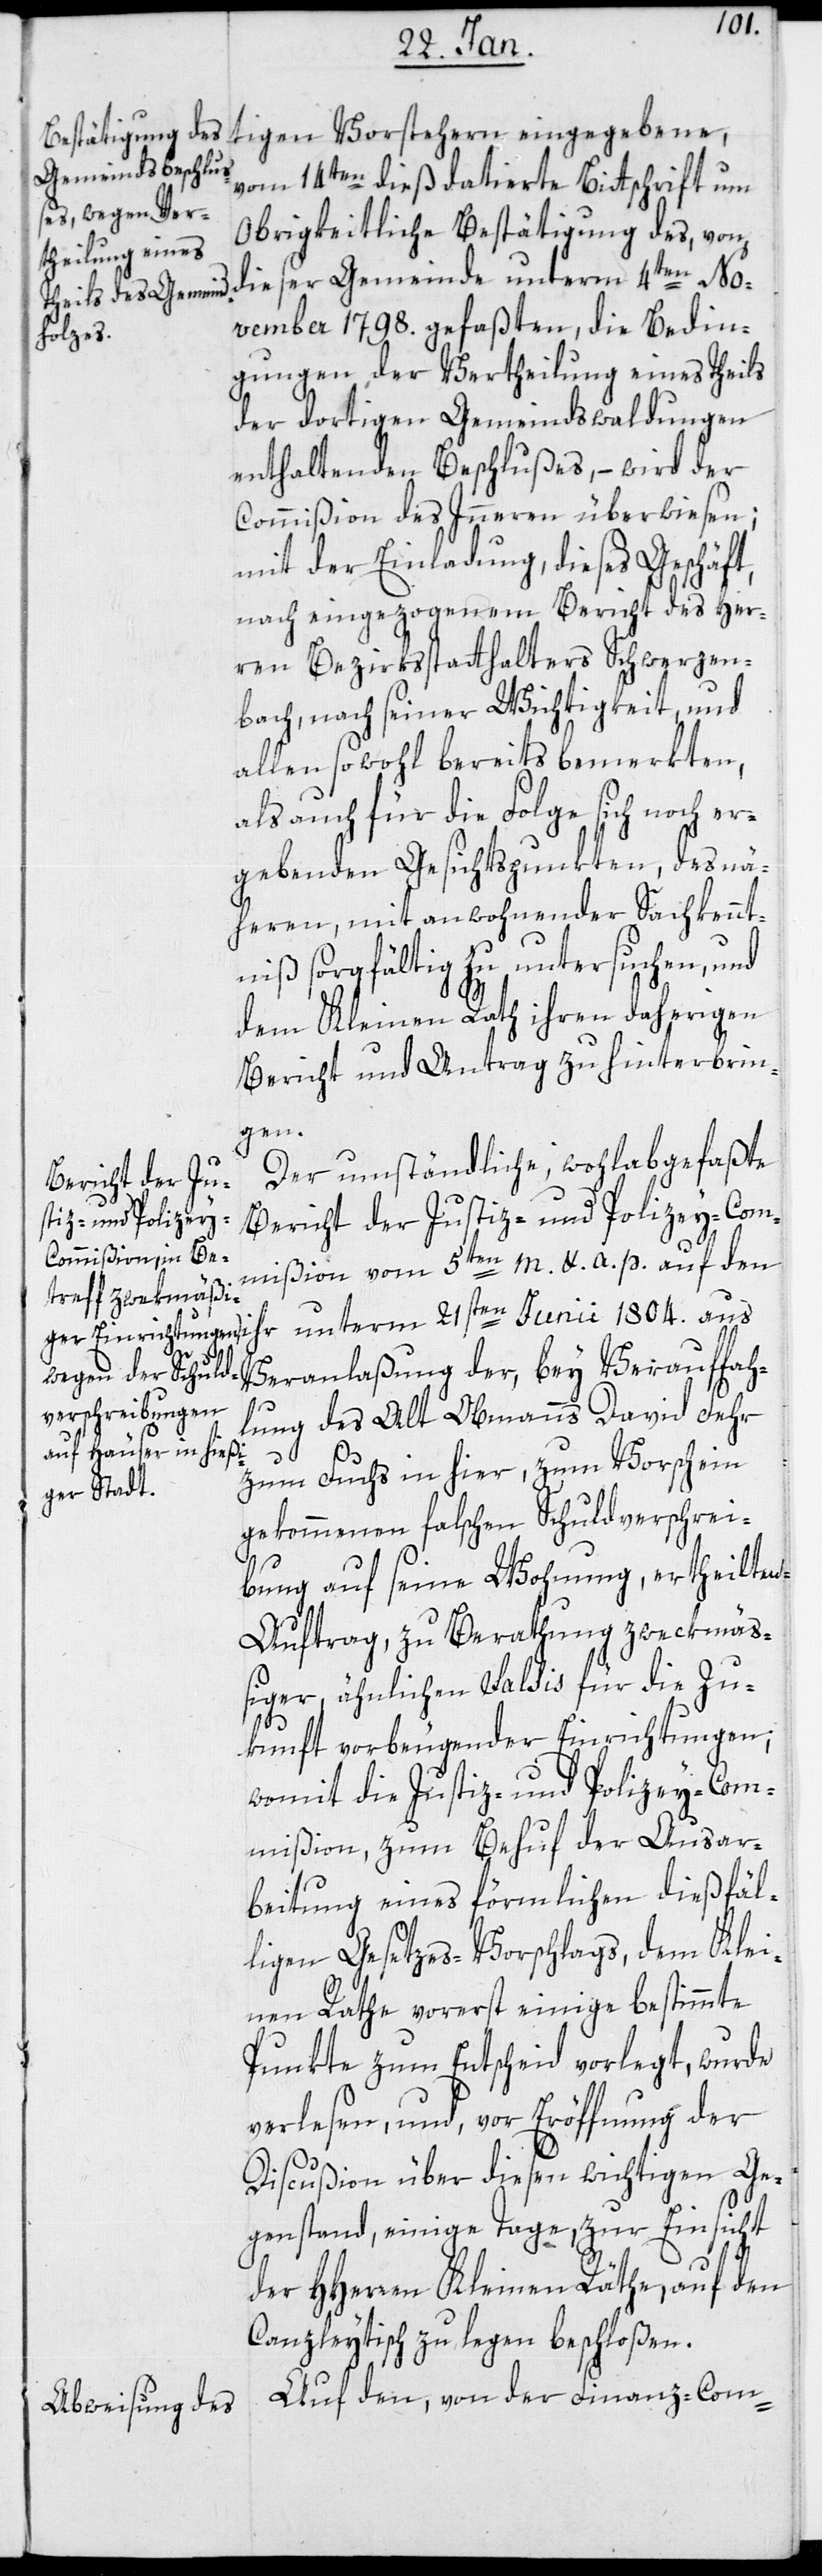
tigen Vorstehern eingegebene,
vom 14ten dieß datierte Bittschrift um
Obrigkeitliche Bestätigung des, von
dieser Gemeinde unterm 4ten No¬
vember 1798. gefaßten, die Bedin¬
gungen der Vertheilung eines Theils
der dortigen Gemeindswaldungen
enthaltenden Beschlußes, – wird der
Commißion des Innern überwiesen;
mit der Einladung, dieses Geschäft,
nach eingezogenem Bericht des Her¬
ren Bezirksstatthalters Schwerzen¬
bach nach seiner Wichtigkeit und
allen sowohl bereits bemerkten,
als auch für die Folge sich noch er¬
gebenden Gesichtspunkten, des nä¬
heren, mit anwohnender Sachkennt¬
nis sorgfältig zu untersuchen, und
dem Kleinen Rath ihren daherigen
Bericht und Antrag zu hinterbrin¬
gen.
Der umständliche wohlabgefaßte
Bericht der Justiz- und Polizey-Com¬
mißion vom 5ten m. & a. p. auf den
unterm 21sten Junii 1804. aus
Veranlaßung der, bey Verauffah¬
lung des Alt Obmanns David Fehr
zum Fuchs in hier, zum Vorschein
gekommenen falschen Schuldverschrei¬
bung auf seine Wohnung ertheilten
Auftrag, zu Berathung zwekmä¬
ßiger, ähnlichen Saldis für die Zu¬
kunft vorbeugender Einrichtungen;
womit die Justiz- und Polizey-Com¬
mißion zum Behuf der Ausar¬
beitung eines förmlichen dießfäl¬
ligen Gesetzes-Vorschlags, dem Klei¬
nen Rathe vorerst einige bestimmte
Punkte zum Entscheid vorlegt, wurde
verlesen, und vor Eröffnung der
Discußion über diesen wichtigen Ge¬
genstand, einige Tage zur Einsicht
der HHerren Kleinen Räthe, auf den
Canzleytisch zu legen beschloßen.
Auf den, von der Finanz-Com-